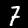
Label: 7